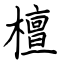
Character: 檀